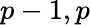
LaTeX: p-1,p